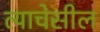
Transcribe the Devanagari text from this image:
त्याचेसील